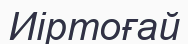
Иіртоғай